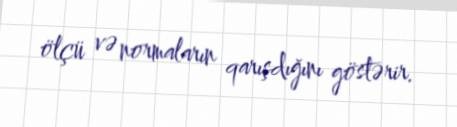
ölçü və normaların qarışdığını göstərir.